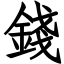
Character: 錢